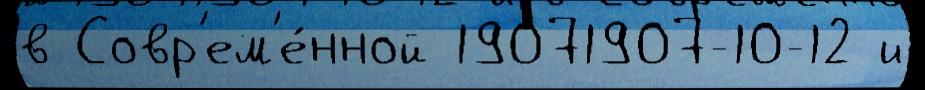
в Совр'ем'е́нной 19071907-10-12 и